Civil Veterinary Dept. Bombay admin report 1893-99 - 1893-1899
Year: 1893
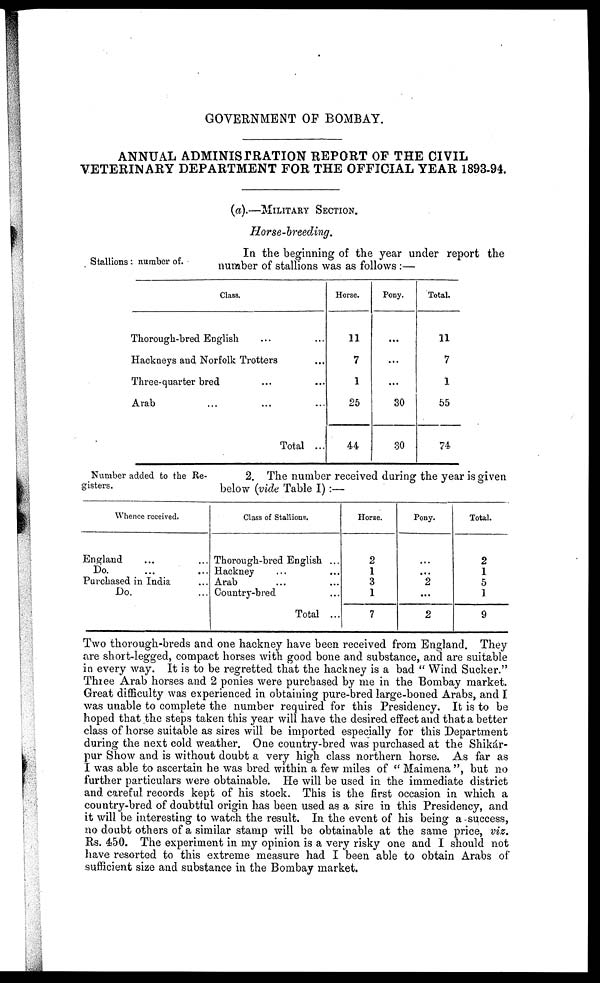
GOVERNMENT OF BOMBAY.
ANNUAL ADMINISTRATION REPORT OF THE CIVIL
VETERINARY DEPARTMENT FOR THE OFFICIAL YEAR 1893-94.
(a).—MILITARY SECTION.
Horse- breeding.
Stallions: number of.
In the beginning of the year under report the
number of stallions was as follows:—
Class.
Thorough-bred English ... ...
Hackneys and Norfolk Trotters ...
Three-quarter bred ... ...
Arab ... ... ...
Total ...
Horse.
11
7
1
25
44
Pony.
...
...
...
30
30
Total.
11
7
1
55
74
Number added to the Re-
gisters.
2. The number received during the year is given
below (vide Table I):—
Whence received.
England ... ...
Do. ... ...
Purchased in India ...
Do. ...
Class of Stallions.
Thorough-bred English ...
Hackney ... ...
Arab ... ...
Country-bred ...
Total ...
Horse.
2
1
3
1
7
Pony.
...
...
2
...
2
Total.
2
1
5
1
9
Two thorough-breds and one hackney have been received from England. They
are short-legged, compact horses with good bone and substance, and are suitable
in every way. It is to be regretted that the hackney is a bad "Wind Sucker."
Three Arab horses and 2 ponies were purchased by me in the Bombay market.
Great difficulty was experienced in obtaining pure-bred large-boned Arabs, and I
was unable to complete the number required for this Presidency. It is to be
hoped that the steps taken this year will have the desired effect and that a better
class of horse suitable as sires will be imported especially for this Department
during the next cold weather. One country-bred was purchased at the Shikár-
pur Show and is without doubt a very high class northern horse. As far as
I was able to ascertain he was bred within a few miles of "Maimena", but no
further particulars were obtainable. He will be used in the immediate district
and careful records kept of his stock. This is the first occasion in which a
country-bred of doubtful origin has been used as a sire in this Presidency, and
it will be interesting to watch the result. In the event of his being a success,
no doubt others of a similar stamp will be obtainable at the same price, viz.
Rs. 450. The experiment in my opinion is a very risky one and I should not
have resorted to this extreme measure had I been able to obtain Arabs of
sufficient size and substance in the Bombay market.